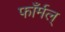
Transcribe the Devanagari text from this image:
फाँर्मल्